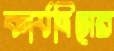
কার্যদিসের